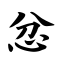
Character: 忿